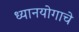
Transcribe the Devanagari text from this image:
ध्यानयोगाचे